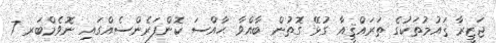
ޖަޒީރާ ޤައުމުތަކުގެ ތަރައްޤީއާ ގުޅޭ ގޮތުން ބާއްވާ ޙާއްސަ ކޮންފަރެންސެއްގައި ނޮވެމްބަރ 7